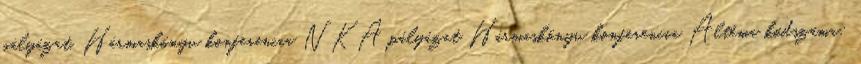
pályázat. Hármaskönyv konferencia NKA pályázat Hármaskönyv konferencia Altéma kódszáma: